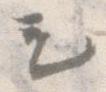
も